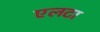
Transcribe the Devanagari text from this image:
एलटा